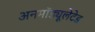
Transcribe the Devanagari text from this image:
अनमॉड्यूलेटेड